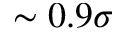
\sim 0 . 9 \sigma